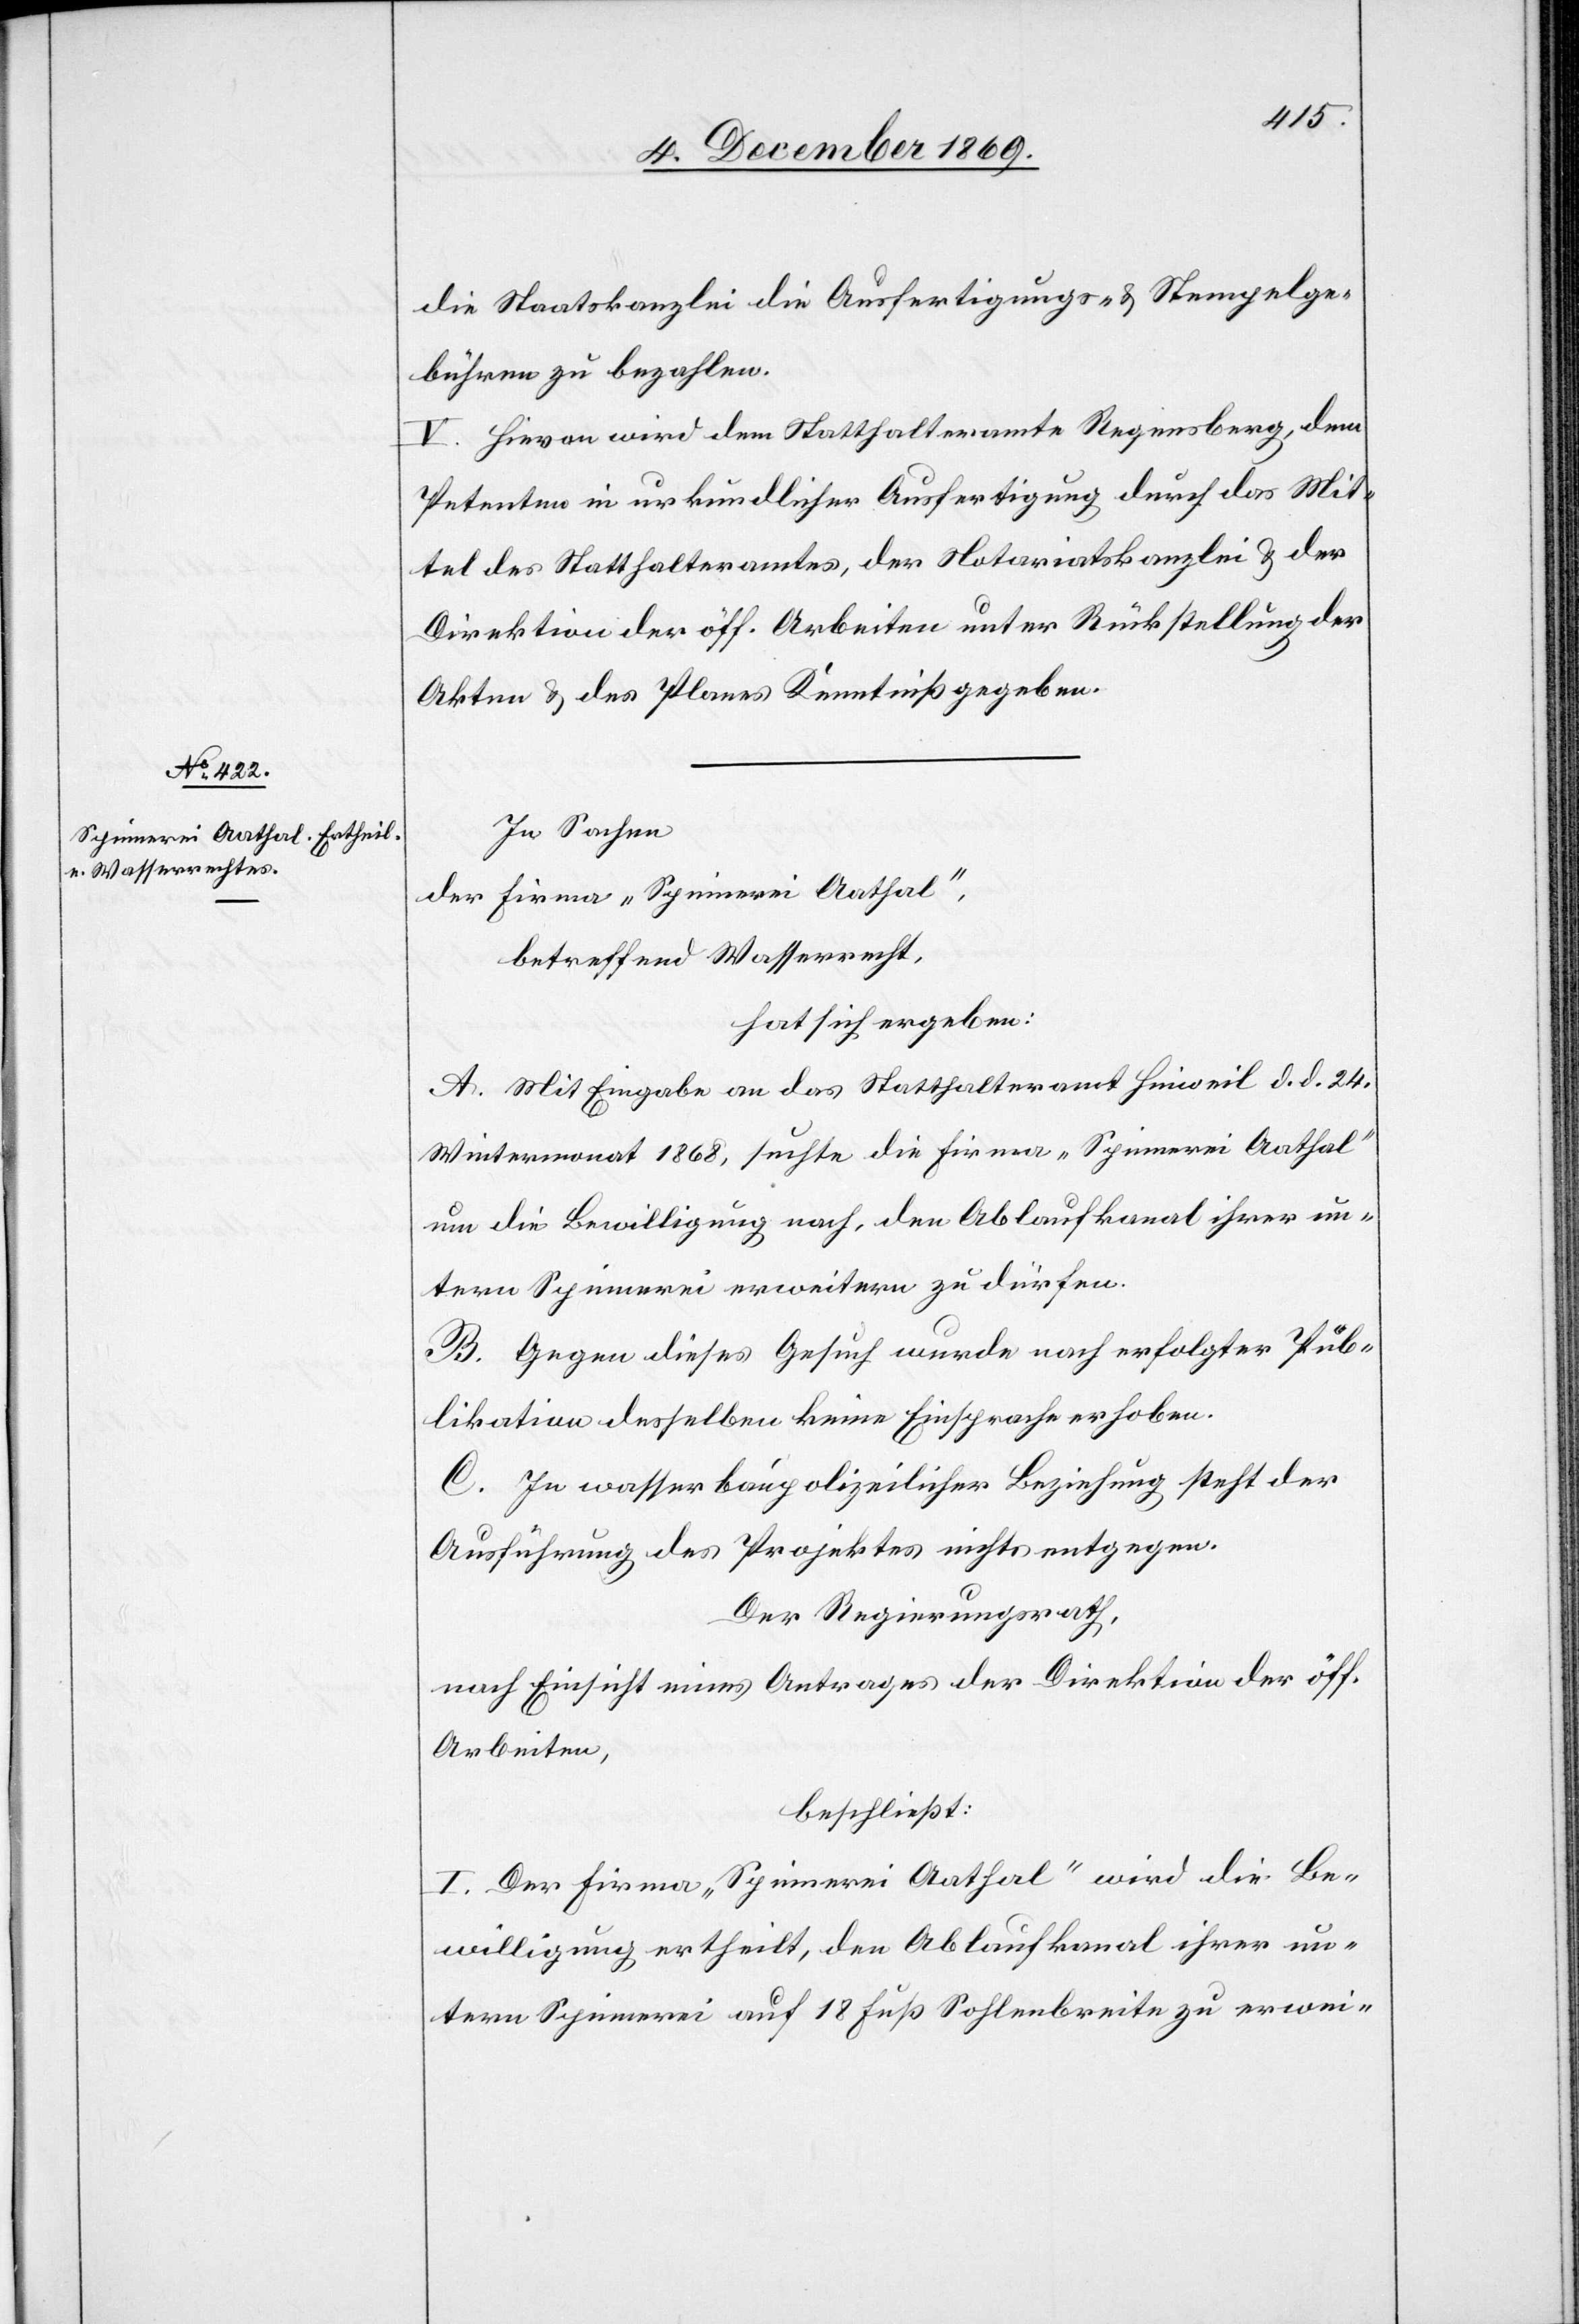
die Staatskanzlei die Ausfertigungs- & Stempelge¬
bühren zu bezahlen.
V. Hievon wird dem Statthalteramte Regensberg, dem
Petenten in urkundlicher Ausfertigung durch das Mit¬
tel des Statthalteramtes, der Notariatskanzlei & der
Direktion der öff. Arbeiten unter Rückstellung der
Akten & des Planes Kenntniß gegeben.
In Sachen
der Firma „Spinnerei Aathal“,
betreffend Wasserrecht,
hat sich ergeben:
A. Mit Eingabe an das Statthalteramt Hinweil d. d. 24.
Wintermonat 1868, suchte die Firma „Spinnerei Aathal“
um die Bewilligung nach, den Ablaufkanal ihrer un¬
tern Spinnerei erweitern zu dürfen.
B. Gegen dieses Gesuch wurde nach erfolgter Pub¬
likation desselben keine Einsprache erhoben.
C. In wasserbaupolizeilicher Beziehung steht der
Ausführung des Projektes nichts entgegen.
Der Regierungsrath,
nach Einsicht eines Antrages der Direktion der öff.
Arbeiten,
beschließt:
I. Der Firma „Spinnerei Aathal“ wird die Be¬
willigung ertheilt, den Ablaufkanal ihrer un¬
tern Spinnerei auf 18 Fuß Sohlenbreite zu erwei-